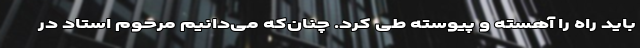
باید راه را آهسته و پیوسته طی کرد. چنان‌که می‌دانیم مرحوم استاد در